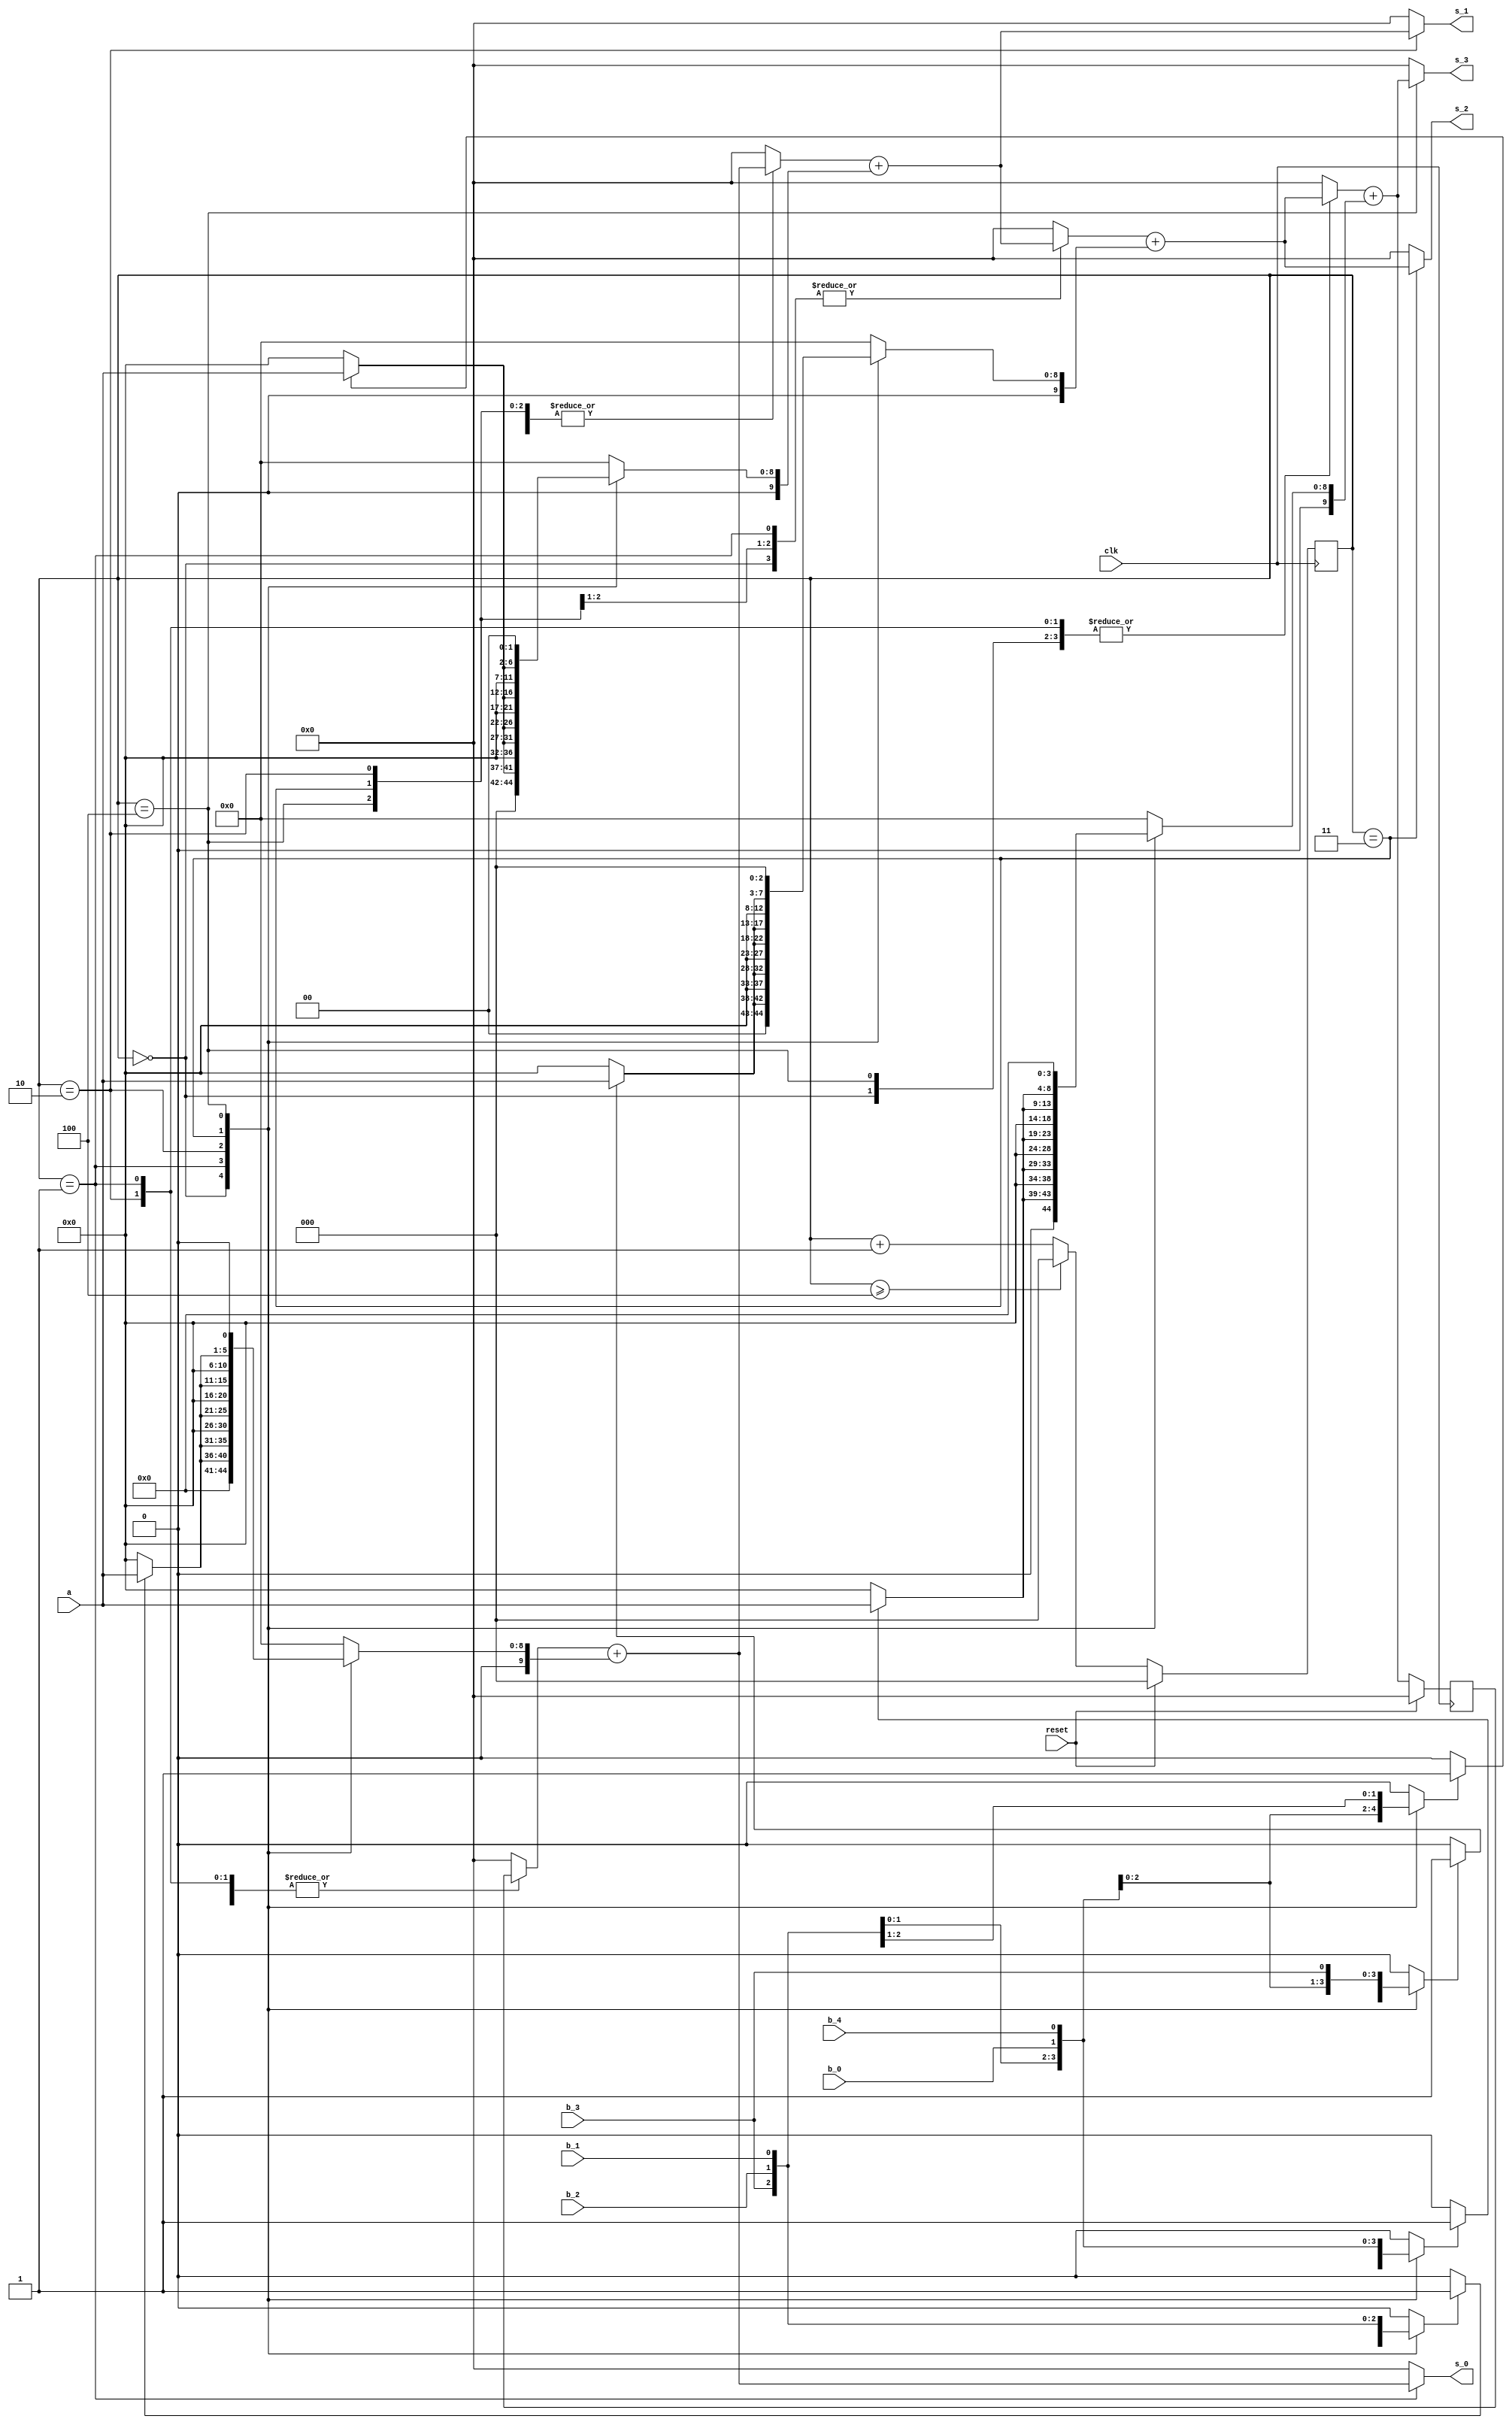
`timescale 1ns / 1ps
//////////////////////////////////////////////////////////////////////////////////
// 5-bit Multiplier
// Structure: 5-bit Multiplier with accumulate adder and unfolding factor 4
//
//////////////////////////////////////////////////////////////////////////////////

module Mul_5bits_J4 (
    input clk,
    input reset,
    input [4:0] a,
    input  b_0, b_1, b_2, b_3, b_4,
    output [9:0] s_0, s_1, s_2, s_3
);


wire sel_0, sel_1, sel_2, sel_3;
wire [4:0] a_in_0, a_in_1, a_in_2, a_in_3;
wire [9:0] acc_out_0, acc_out_1, acc_out_2, acc_out_3;

reg b_in_0, b_in_1, b_in_2, b_in_3;
reg [2:0] count;
reg [9:0] a_in_shift_0, a_in_shift_1, a_in_shift_2, a_in_shift_3;
reg [9:0] acc_in;
reg [9:0] adder_in_0, adder_in_1, adder_in_2, adder_in_3;

always @(posedge clk ) begin
    if(reset)
        count <= 3'd0;
    else if(count >= 3'd4) 
        count <= 3'd0;  
    else 
        count <= count + 1;
end

always @(*) begin
    case (count)
        3'd0: begin
            b_in_0 <= b_0;
            b_in_1 <= b_1;
            b_in_2 <= b_2;
            b_in_3 <= b_3; 
        end
        3'd1: begin
            b_in_0 <= b_4;
            b_in_1 <= b_0;
            b_in_2 <= b_1;
            b_in_3 <= b_2;
        end
        3'd2: begin
            b_in_0 <= b_3;
            b_in_1 <= b_4;
            b_in_2 <= b_0;
            b_in_3 <= b_1;
        end
        3'd3: begin
            b_in_0 <= b_2;
            b_in_1 <= b_3;
            b_in_2 <= b_4;
            b_in_3 <= b_0;
        end
        3'd4: begin
            b_in_0 <= b_1;
            b_in_1 <= b_2;
            b_in_2 <= b_3;
            b_in_3 <= b_4;
        end
        default: begin
            b_in_0 <= 1'b0;
            b_in_1 <= 1'b0;
            b_in_2 <= 1'b0;
            b_in_3 <= 1'b0;
        end 
    endcase
end

assign sel_0 = (b_in_0)?1'b1:1'b0;
assign sel_1 = (b_in_1)?1'b1:1'b0;
assign sel_2 = (b_in_2)?1'b1:1'b0;
assign sel_3 = (b_in_3)?1'b1:1'b0;

assign a_in_0 = (sel_0)?a:5'd0;
assign a_in_1 = (sel_1)?a:5'd0;
assign a_in_2 = (sel_2)?a:5'd0;
assign a_in_3 = (sel_3)?a:5'd0;

always @(*) begin
    case (count)
        3'd0: begin
            a_in_shift_0 <= {5'd0,a_in_0};
            a_in_shift_1 <= {4'd0,a_in_1,1'd0};
            a_in_shift_2 <= {3'd0,a_in_2,2'd0};
            a_in_shift_3 <= {2'd0,a_in_3,3'd0};
        end 
        3'd1: begin
            a_in_shift_0 <= {1'd0,a_in_0,4'd0};
            a_in_shift_1 <= {5'd0,a_in_1};
            a_in_shift_2 <= {4'd0,a_in_2,1'd0};
            a_in_shift_3 <= {3'd0,a_in_3,2'd0};
        end  
        3'd2: begin
            a_in_shift_0 <= {2'd0,a_in_0,3'd0};
            a_in_shift_1 <= {1'd0,a_in_1,4'd0};
            a_in_shift_2 <= {5'd0,a_in_2};
            a_in_shift_3 <= {4'd0,a_in_3,1'd0};
        end 
        3'd3: begin
            a_in_shift_0 <= {3'd0,a_in_0,2'd0};
            a_in_shift_1 <= {2'd0,a_in_1,3'd0};
            a_in_shift_2 <= {1'd0,a_in_2,4'd0};
            a_in_shift_3 <= {5'd0,a_in_3};
        end 
        3'd4: begin
            a_in_shift_0 <= {4'd0,a_in_0,1'd0};
            a_in_shift_1 <= {3'd0,a_in_1,2'd0};
            a_in_shift_2 <= {2'd0,a_in_2,3'd0};
            a_in_shift_3 <= {1'd0,a_in_3,4'd0};
        end 
        default: begin
            a_in_shift_0 <= 10'd0;
            a_in_shift_1 <= 10'd0;
            a_in_shift_2 <= 10'd0;
            a_in_shift_3 <= 10'd0;
        end
    endcase
end

always @(posedge clk ) begin
    if(reset)
        acc_in <= 10'd0;
    else
        acc_in <= acc_out_3;
end

always @(*) begin
    case (count)
        3'd0: begin
            adder_in_0 <= 10'd0;
            adder_in_1 <= acc_out_0;
            adder_in_2 <= acc_out_1;
            adder_in_3 <= acc_out_2;
        end
        3'd1: begin
            adder_in_0 <= acc_in;
            adder_in_1 <= 10'd0;
            adder_in_2 <= acc_out_1;
            adder_in_3 <= acc_out_2;
        end 
        3'd2: begin
            adder_in_0 <= acc_in;
            adder_in_1 <= acc_out_0;
            adder_in_2 <= 10'd0;
            adder_in_3 <= acc_out_2;
        end 
        3'd3: begin
            adder_in_0 <= acc_in;
            adder_in_1 <= acc_out_0;
            adder_in_2 <= acc_out_1;
            adder_in_3 <= 10'd0;
        end 
        3'd4: begin
            adder_in_0 <= acc_in;
            adder_in_1 <= acc_out_0;
            adder_in_2 <= acc_out_1;
            adder_in_3 <= acc_out_2;
        end         
        default: begin
            adder_in_0 <= 10'd0;
            adder_in_1 <= 10'd0;
            adder_in_2 <= 10'd0;
            adder_in_3 <= 10'd0;
        end 
    endcase      
end

assign acc_out_0 = adder_in_0 + a_in_shift_0;
assign acc_out_1 = adder_in_1 + a_in_shift_1;
assign acc_out_2 = adder_in_2 + a_in_shift_2;
assign acc_out_3 = adder_in_3 + a_in_shift_3;

assign s_0 = (count==3'd1)?acc_out_0:10'd0;
assign s_1 = (count==3'd2)?acc_out_1:10'd0;
assign s_2 = (count==3'd3)?acc_out_2:10'd0;
assign s_3 = (count==3'd4)?acc_out_3:10'd0;

endmodule